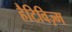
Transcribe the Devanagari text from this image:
हैटिविज़्म